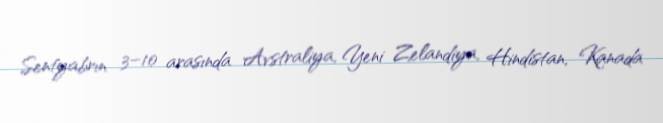
Sentyabrın 3–10 arasında Avstraliya, Yeni Zelandiya, Hindistan, Kanada